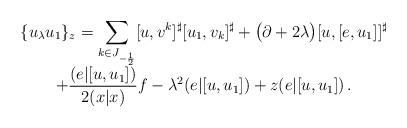
LaTeX: \begin{align*}\begin{array}{c}\displaystyle{\{u_\lambda u_1\}_{z}=\sum_{k\in J_{-\frac12}}[u,v^k]^\sharp[u_1,v_k]^\sharp+\big(\partial+2\lambda\big)[u,[e,u_1]]^\sharp} \\\displaystyle{+\frac{(e|[u,u_1])}{2(x|x)}f-\lambda^2(e|[u,u_1])+z(e|[u,u_1])\,.}\end{array}\end{align*}